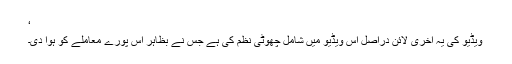
‘
ویڈیو کی یہ آخری لائن دراصل اس ویڈیو میں شامل چھوٹی نظم کی ہے جس نے بظاہر اس پورے معاملے کو ہوا دی۔